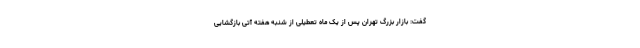
گفت: بازار بزرگ تهران پس از یک ماه تعطیلی از شنبه هفته آتی بازگشایی